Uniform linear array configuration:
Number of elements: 8
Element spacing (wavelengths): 0.75
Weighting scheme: hamming
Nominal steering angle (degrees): -45
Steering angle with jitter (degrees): -46.862
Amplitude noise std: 0.05
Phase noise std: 0.05

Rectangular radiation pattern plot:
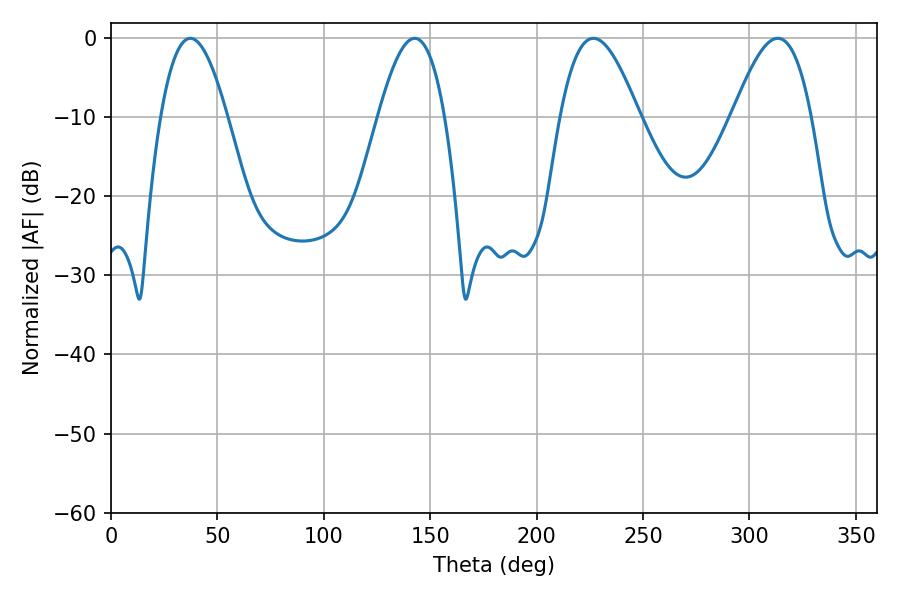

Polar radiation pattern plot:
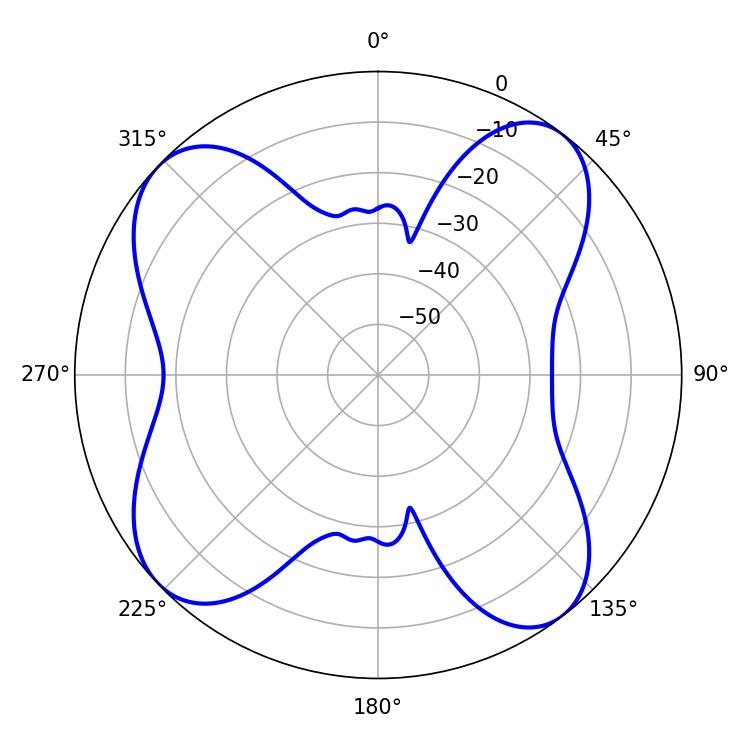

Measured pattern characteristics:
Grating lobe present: TRUE
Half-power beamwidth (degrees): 16.92
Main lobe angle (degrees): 37.26